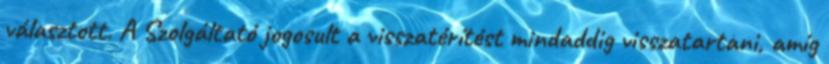
választott. A Szolgáltató jogosult a visszatérítést mindaddig visszatartani, amíg